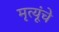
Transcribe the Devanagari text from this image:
मृत्यूंचे